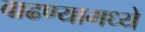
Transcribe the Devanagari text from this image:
वाढण्यामध्ये